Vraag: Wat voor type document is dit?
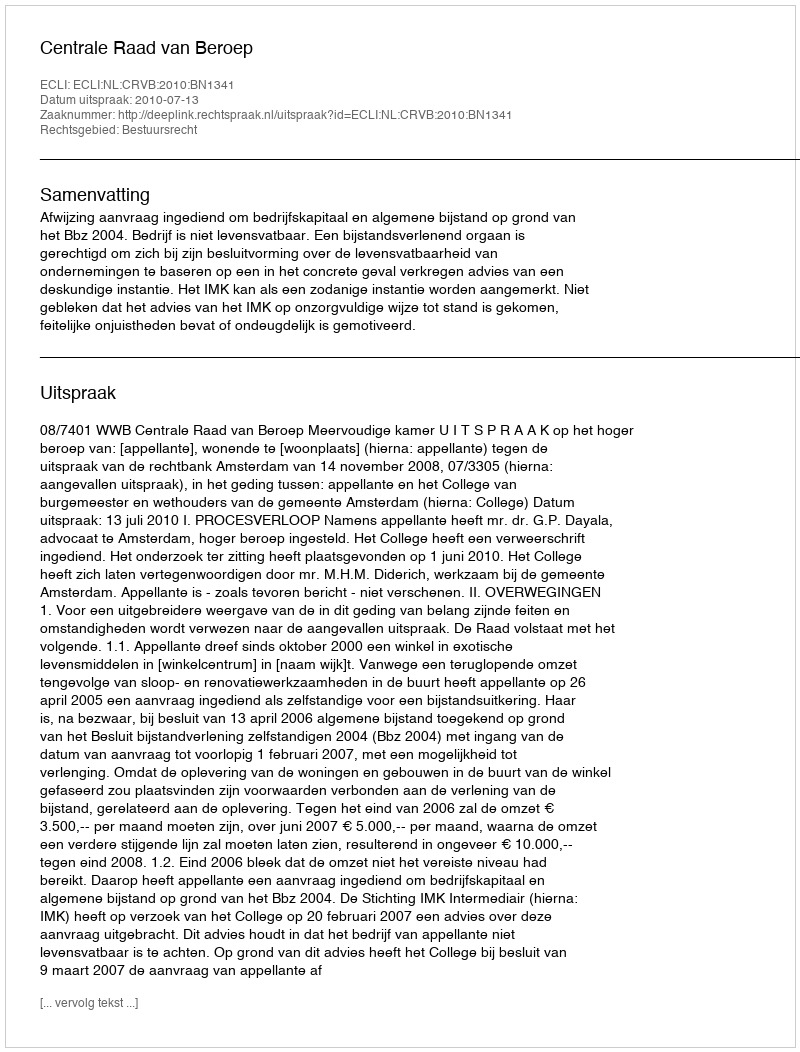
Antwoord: Uitspraak